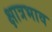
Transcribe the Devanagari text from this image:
क्षात्रभाव